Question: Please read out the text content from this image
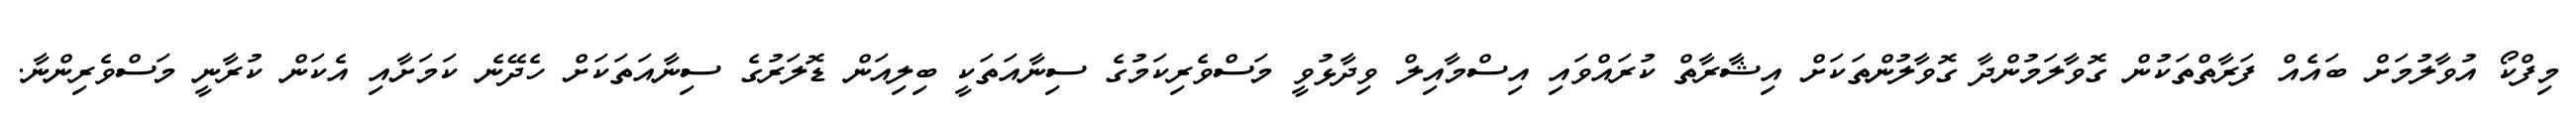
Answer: މިފްކޯ އުވާލުމަށް ބައެއް ފަރާތްތަކުން ގޮވާލަމުންދާ ގޮވާލުންތަކަށް އިޝާރާތް ކުރައްވައި އިސްމާއިލް ވިދާޅުވީ މަސްވެރިކަމުގެ ސިނާއަތަކީ ބިލިއަން ޑޮލަރުގެ ސިނާއަތަކަށް ހެދޭނެ ކަމަށާއި އެކަން ކުރާނީ މަސްވެރިންނާ.